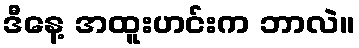
ဒီနေ့ အထူးဟင်းက ဘာလဲ။